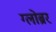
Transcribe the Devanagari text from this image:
ग्लोब्रर